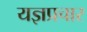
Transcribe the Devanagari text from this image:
यज्ञप्रचार